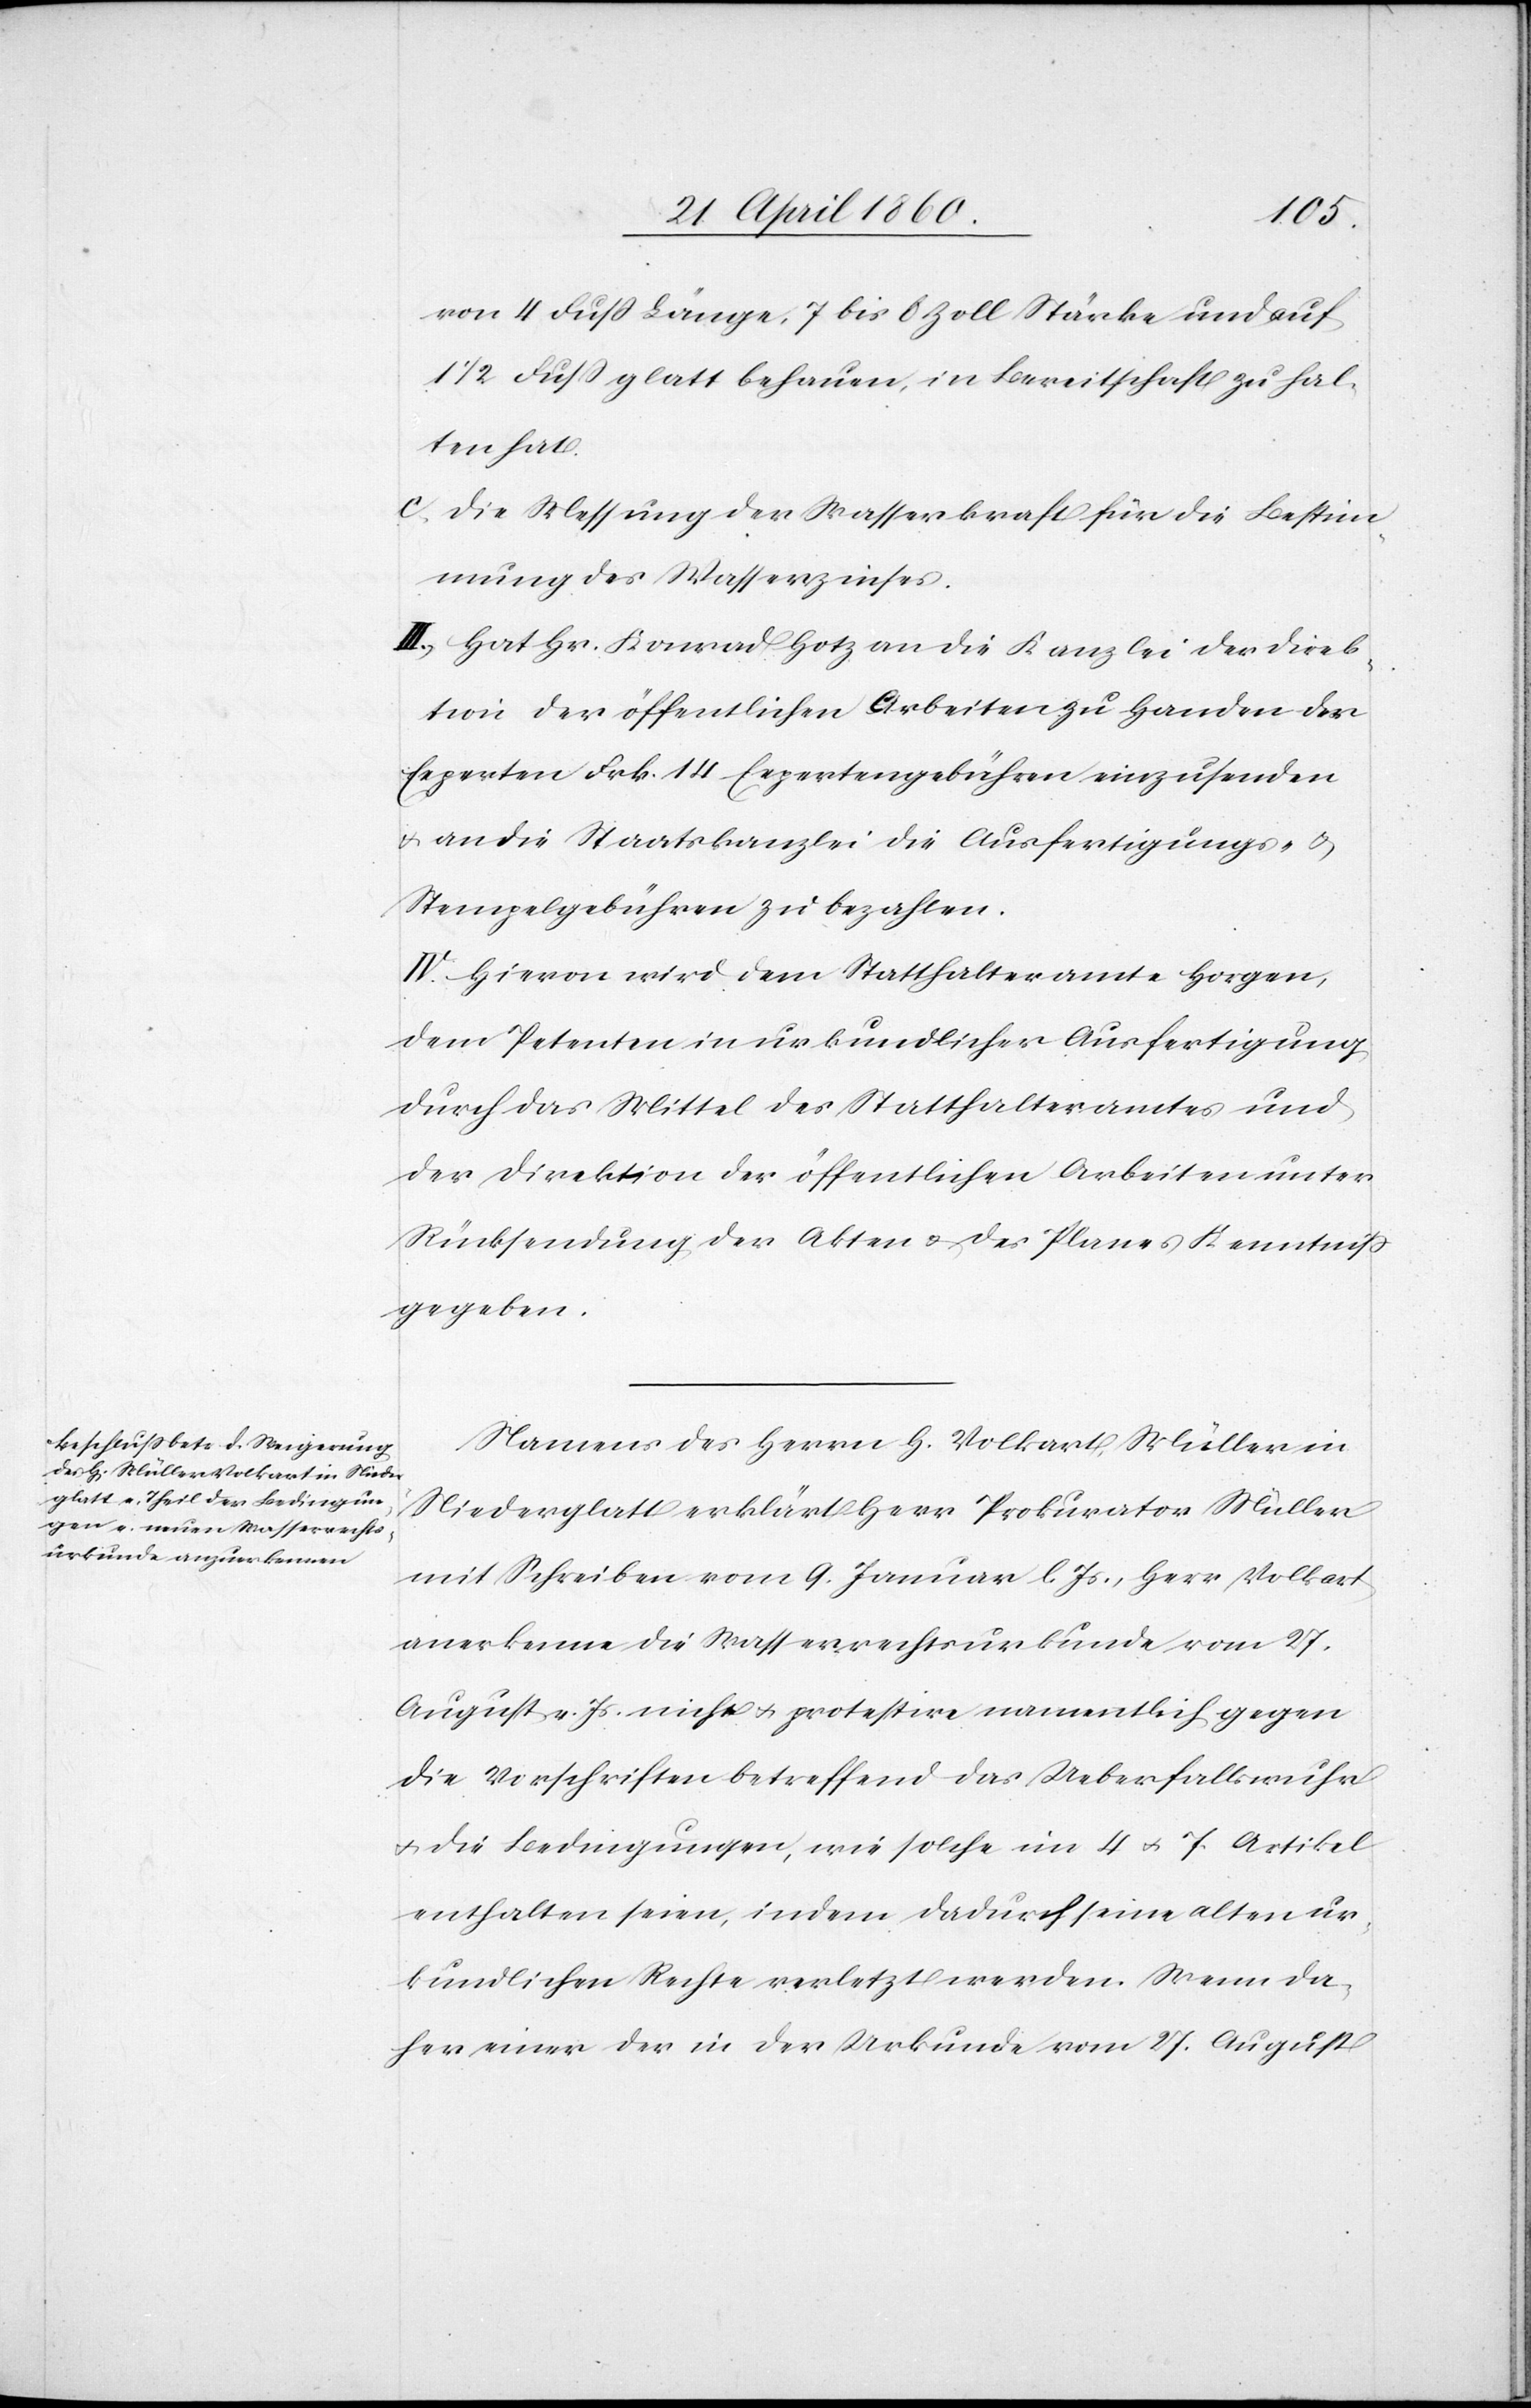
von 4 Fuss Länge, 7 bis 6 Zoll Stärke und auf
1 1/2 Fuss glatt behauen, in Bereitschaft zu hal¬
ten hat.
c. die Messung der Wasserkraft für die Bestim¬
mung des Wasserzinses.
III. Hat Hr. Konrad Hotz an die Kanzlei der Direk¬
tion der öffentlichen Arbeiten zu Handen des
Experten Frk. 14 Expertengebühren einzusenden
u. an die Staatskanzlei die Ausfertigungs- u.
Stempelgebühren zu bezahlen.
IV. Hievon wird dem Statthalteramte Horgen,
dem Petenten in urkundlicher Ausfertigung
durch das Mittel des Statthalteramtes und
der Direktion der öffentlichen Arbeiten unter
Rücksendung der Akten u. des Planes Kenntniss
gegeben.
Namens des Herrn H. Volkart Müller in
Niederglatt erklärt Herr Prokurator Müller
mit Schreiben vom 9. Januar l. Js., Herr Volkart
anerkenne die Wasserrechtsurkunde vom 27.
August v. Js. nicht u. protestire namentlich gegen
die Vorschriften betreffend das Ueberfallswuhr
u. die Bedingungen, wie solche im 4. u. 7. Artikel
enthalten seien, indem dadurch seine alten ur¬
kundlichen Rechte verletzt werden. Wenn da¬
her einer der in der Urkunde vom 27. August